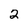
Character: 2